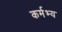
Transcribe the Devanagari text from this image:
कर्मभ्य